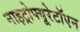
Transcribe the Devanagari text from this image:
नाइट्रोफ्यूरेटॉएन